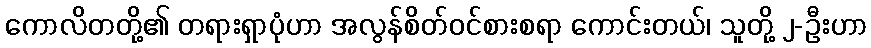
ကောလိတတို့၏ တရားရှာပုံဟာ အလွန်စိတ်ဝင်စားစရာ ကောင်းတယ်၊ သူတို့ ၂-ဦးဟာ